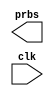
module prbs_gen(prbs, clk);
  
  output prbs;
  input clk;

  reg [0:6] prbg_gen;
  integer x;

  initial begin
    prbs_gen <= 7'b1111111;
  end

  always @(posedge clk) begin
    x = prbs_gen[0] ^ prbs_gen[1];
    
    prbs_gen = prbs_gen << 1;
    prbs_gen[6] = x;
  end

  assign prbs = prbs_gen[6];

endmodule